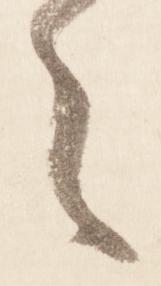
々